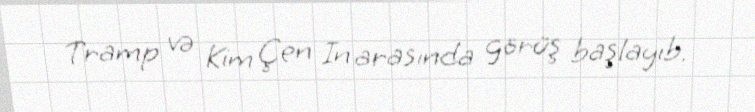
Tramp və Kim Çen In arasında görüş başlayıb.